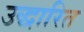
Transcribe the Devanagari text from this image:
उद्धारित